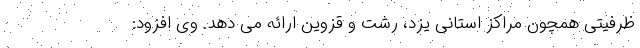
ظرفیتی همچون مراکز استانی یزد، رشت و قزوین ارائه می دهد. وی افزود: